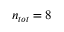
n _ { t o t } = 8